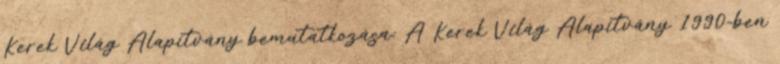
Kerek Világ Alapítvány bemutatkozása: A Kerek Világ Alapítvány 1990-ben